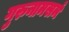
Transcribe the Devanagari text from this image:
गुरुनामसमं